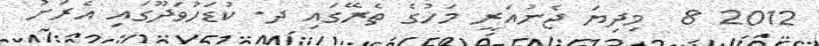
2012 8  މިދިޔަ ޖެނުއަރީ މަހުގެ ތެރޭގައި ދ. ކުޑަހުވަދޫގައި އެރަށު